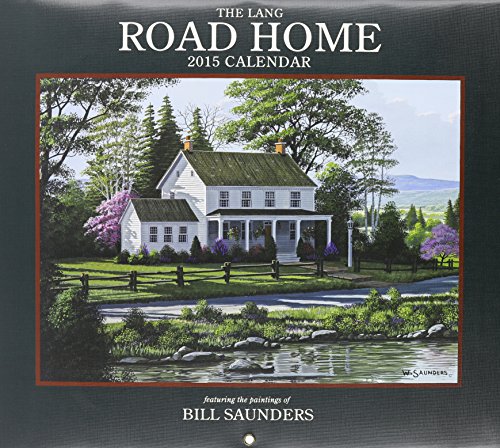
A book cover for The Lang Road Home 2015 Calendar; Calendars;